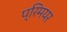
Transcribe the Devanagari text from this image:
प्रिमयर